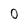
Character: 0